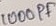
Text: 1000pF